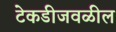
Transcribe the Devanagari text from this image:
टेकडीजवळील